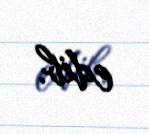
edib.